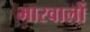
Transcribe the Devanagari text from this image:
भारवालों